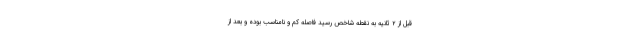
قبل از ۲ ثانیه به نقطه شاخص رسید فاصله کم و نامناسب بوده و بعد از